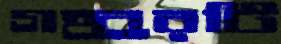
গহ্বরটি